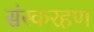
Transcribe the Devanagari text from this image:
संस्करहण